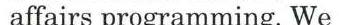
affairs programming. We